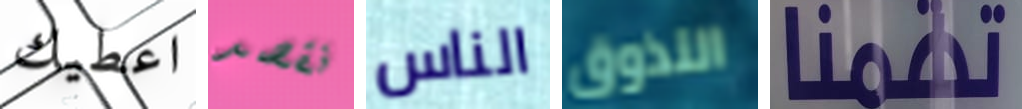
اعطيك نقصد الناس التذوق تهمنا